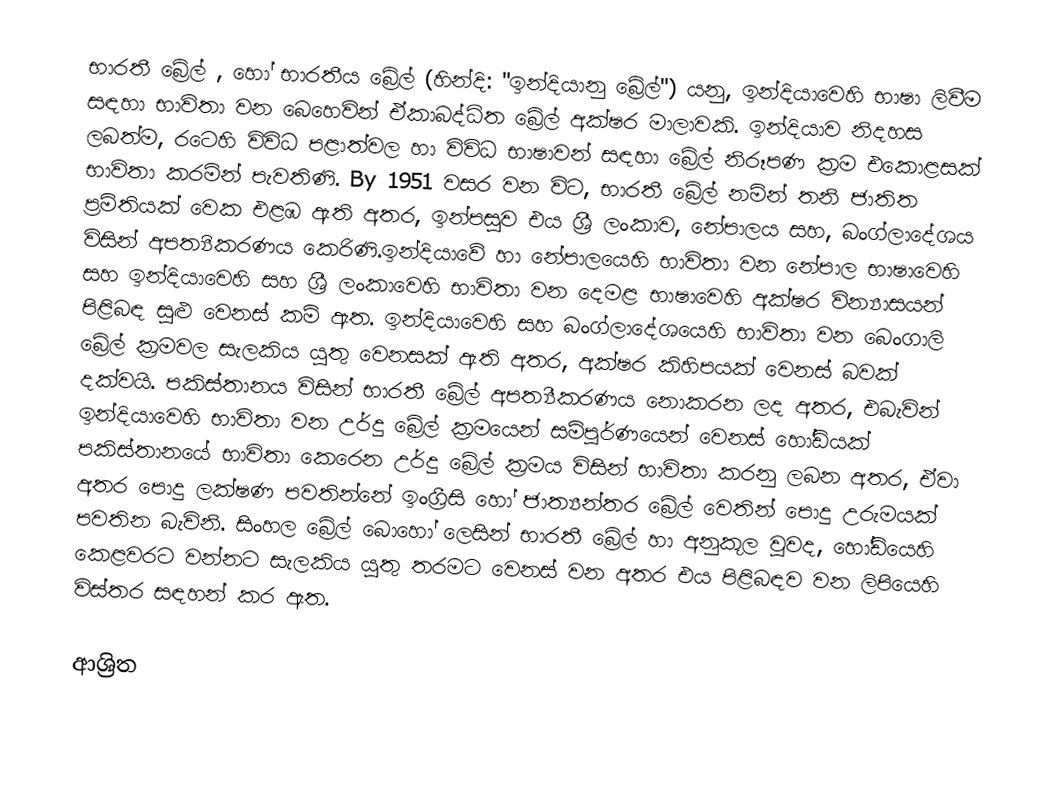
භාරතී බ්‍රේල්  , හෝ භාරතීය බ්‍රේල් (හින්දි:    "ඉන්දියානු බ්‍රේල්") යනු, ඉන්දියාවෙහි භාෂා ලිවීම සඳහා භාවිතා වන බෙහෙවින් ඒකාබද්ධිත  බ්‍රේල් අක්ෂර මාලාවකි. ඉන්දියාව නිදහස ලබත්ම, රටෙහි විවිධ පළාත්වල හා විවිධ භාෂාවන් සඳහා බ්‍රේල් නිරූපණ ක්‍රම එකොළසක් භාවිතා කරමින් පැවතිණි. By 1951 වසර වන විට, භාරතී බ්‍රේල් නමින් තනි ජාතිත ප්‍රමිතියක් වෙක එළඹ ඇති අතර, ඉන්පසුව එය  ශ්‍රී ලංකාව, නේපාලය සහ, බංග්ලාදේශය විසින් අපත්‍යිකරණය කෙරිණි.ඉන්දියාවේ හා නේපාලයෙහි භාවිතා වන නේපාල භාෂාවෙහි සහ ඉන්දියාවෙහි සහ ශ්‍රී ලංකාවෙහි භාවිතා වන දෙමළ භාෂාවෙහි අක්ෂර වින්‍යාසයන්  පිළිබඳ සුළු වෙනස් කම් ඇත. ඉන්දියාවෙහි සහ බංග්ලාදේශයෙහි භාවිතා වන බෙංගාලි බ්‍රේල් ක්‍රමවල සැලකිය යුතු වෙනසක් ඇති අතර, අක්ෂර කිහිපයක් වෙනස් බවක් දක්වයි.  පකිස්තානය විසින් භාරතී බ්‍රේල් අපත්‍යීකරණය නොකරන ලද අතර, එබැවින් ඉන්දියාවෙහි භාවිතා වන උර්දු බ්‍රේල් ක්‍රමයෙන් සම්පූර්ණයෙන් වෙනස් හෝඩියක් පකිස්තානයේ භාවිතා කෙරෙන උර්දු බ්‍රේල් ක්‍රමය විසින් භාවිතා කරනු ලබන අතර, ඒවා අතර පොදු ලක්ෂණ පවතින්නේ ඉංග්‍රීසි හෝ ජාත්‍යන්තර බ්‍රේල් වෙතින් පොදු උරුමයක් පවතින බැවිනි.  සිංහල බ්‍රේල් බොහෝ ලෙසින් භාරතී බ්‍රේල් හා අනුකූල වූවද, හෝඩියෙහි කෙළවරට වන්නට සැලකිය යුතු තරමට වෙනස් වන අතර එය පිළිබඳව වන ලිපියෙහි විස්තර සඳහන් කර ඇත.

ආශ්‍රිත